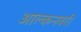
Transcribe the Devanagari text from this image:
आल्कनबरी